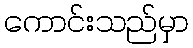
ကောင်းသည်မှာ